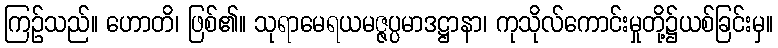
ကြဉ်သည်။ ဟောတိ၊ ဖြစ်၏။ သုရာမေရယမဇ္ဇပ္ပမာဒဋ္ဌာနာ၊ ကုသိုလ်ကောင်းမှုတို့၌ယစ်ခြင်းမှ။